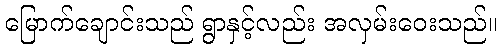
မြောက်ချောင်းသည် ရွာနှင့်လည်း အလှမ်းဝေးသည်။